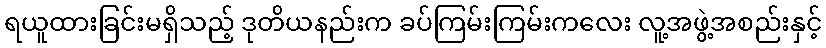
ရယူထားခြင်းမရှိသည့် ဒုတိယနည်းက ခပ်ကြမ်းကြမ်းကလေး လူ့အဖွဲ့အစည်းနှင့်